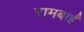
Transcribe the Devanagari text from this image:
रामबाईं